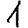
Digit: 1